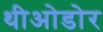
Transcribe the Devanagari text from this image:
थीओडोर